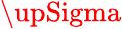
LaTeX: \upSigma